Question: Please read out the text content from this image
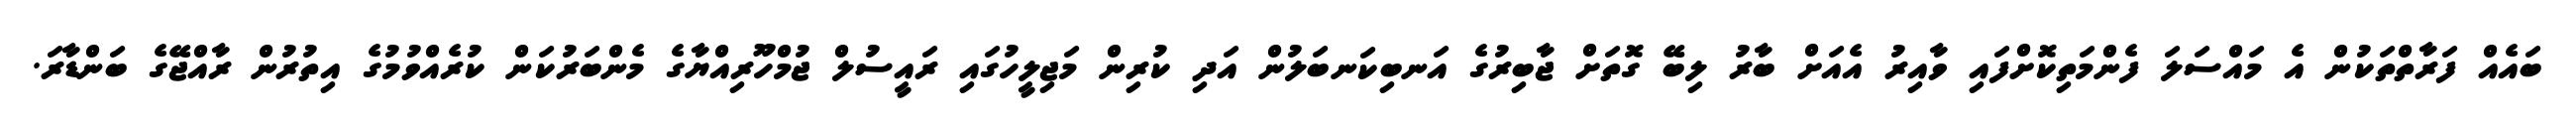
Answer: ބައެއް ފަރާތްތަކުން އެ މައްސަލަ ފެންމަތިކޮށްފައި ވާއިރު އެއަށް ބާރު ލިބޭ ގޮތަށް ޖާބިރުގެ އަނބިކަނބަލުން އަދި ކުރިން މަޖިލީހުގައި ރައީސުލް ޖުމްހޫރިއްޔާގެ މެންބަރުކަން ކުރެއްވުމުގެ އިތުރުން ރާއްޖޭގެ ބަންޑާރަ.